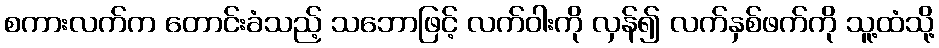
စကားလက်က တောင်းခံသည့် သဘောဖြင့် လက်ဝါးကို လှန်၍ လက်နှစ်ဖက်ကို သူ့ထံသို့